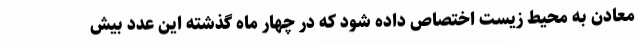
معادن به محیط زیست اختصاص داده شود که در چهار ماه گذشته این عدد بیش